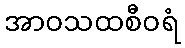
အာဝသထစီဝရံ